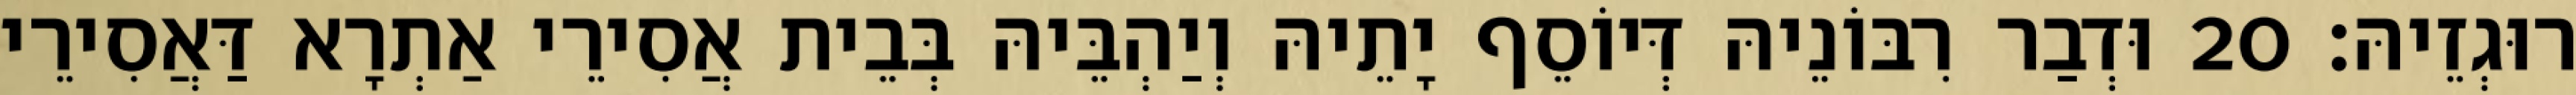
רוּגְזֵיהּ׃ 20 וּדְבַר רִבּוֹנֵיהּ דְּיוֹסֵף יָתֵיהּ וְיַהְבֵּיהּ בְּבֵית אֲסִירֵי אַתְרָא דַּאֲסִירֵי